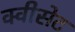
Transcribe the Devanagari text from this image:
क्वीसेट